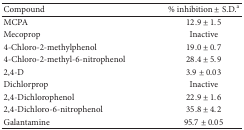
| Compound | % inhibition ± S.D.a |
 | --- | --- |
 | MCPA | 12.9 ± 1.5 |
 | Mecoprop | Inactive |
 | 4-Chloro-2-methylphenol | 19.0 ± 0.7 |
 | 4-Chloro-2-methyl-6-nitrophenol | 28.4 ± 5.9 |
 | 2,4-D | 3.9 ± 0.03 |
 | Dichlorprop | Inactive |
 | 2,4-Dichlorophenol | 22.9 ± 1.6 |
 | 2,4-Dichloro-6-nitrophenol | 35.8 ± 4.2 |
 | Galantamine | 95.7 ± 0.05 |